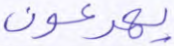
يهرعون